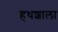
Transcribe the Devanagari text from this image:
हथशाला